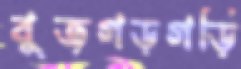
বুজগড়গড়ি